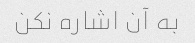
به آن اشاره نکن